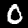
Digit: 0